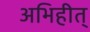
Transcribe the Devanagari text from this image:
अभिहीत्